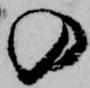
の